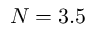
N = 3 . 5